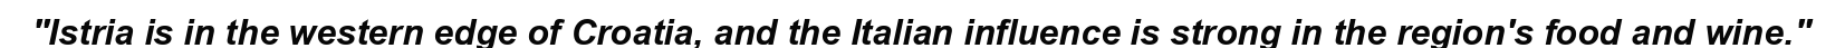
"Istria is in the western edge of Croatia, and the Italian influence is strong in the region's food and wine."